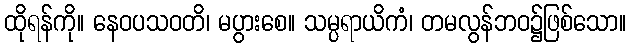
ထိုရန်ကို။ နေဝပသဝတိ၊ မပွားစေ။ သမ္ပရာယိကံ၊ တမလွန်ဘဝ၌ဖြစ်သော။